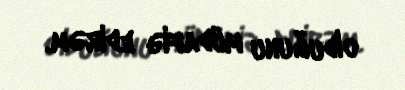
olduğunu müdafiə edirəm.